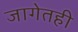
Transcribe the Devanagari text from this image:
जागेतही